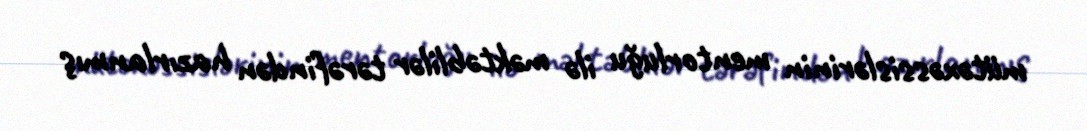
mütəxəssislərinin mentorluğu ilə məktəblilər tərəfindən hazırlanmış